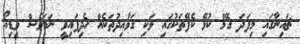
ޗައިނާގައި މިފަދަ ގޭމް ކުޅޭ ކެފޭތަކުގައި ވަކި ގަވާއިދުތަކެއް ހެދިފައިވީ ނަމަވެސް ވީޑިއޯ